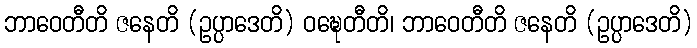
ဘာဝေတီတိ ဇနေတိ (ဥပ္ပာဒေတိ) ဝဍ္ဎေတီတိ၊ ဘာဝေတီတိ ဇနေတိ (ဥပ္ပာဒေတိ)